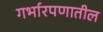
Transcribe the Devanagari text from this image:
गर्भारपणातील